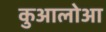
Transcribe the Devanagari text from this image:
कुआलोआ